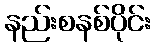
နည်းစနစ်ပိုင်း